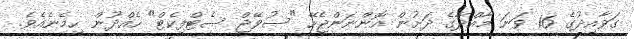
ގަވާއިދުގެ 16 ވަނަ މާއްދާގެ ދަށުން އޮންނަންޖެހޭ "ސުވޭޖް ސެޓްފިކެޓް" ހެއްދުން ހިމެނެއެވެ.